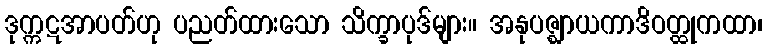
ဒုက္ကဋအာပတ်ဟု ပညတ်ထားသော သိက္ခာပုဒ်များ။ အနုပဇ္ဈာယကာဒိဝတ္ထုကထာ၊